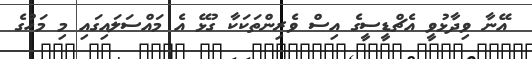
އޭނާ ވިދާޅުވީ އެޗްޑީސީގެ އިސް ވެރިންތަކަކާ ގުޅޭ އެ މައްސަލައިގައި މި މަހުގެ